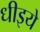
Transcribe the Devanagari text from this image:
धीइये